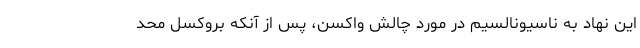
این نهاد به ناسیونالسیم در مورد چالش واکسن، پس از آنکه بروکسل محد